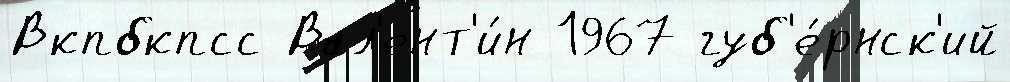
Вкпбкпсс Вал'ент'и́н 1967 губ'е́рнск'ий